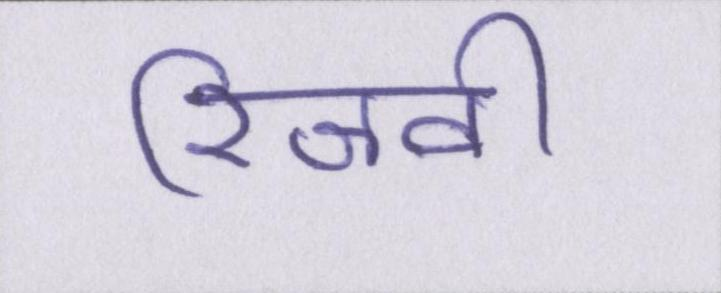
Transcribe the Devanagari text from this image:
रिजवी